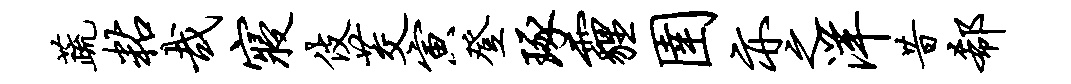
蔬粘哉寝伎茭寅登琢霾圉亦之洋昔欷